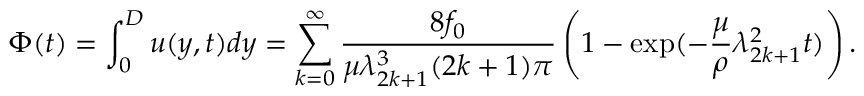
\Phi ( t ) = \int _ { 0 } ^ { D } u ( y , t ) d y = \sum _ { k = 0 } ^ { \infty } \frac { 8 f _ { 0 } } { \mu \lambda _ { 2 k + 1 } ^ { 3 } ( 2 k + 1 ) \pi } \left( 1 - \exp ( - \frac { \mu } { \rho } \lambda _ { 2 k + 1 } ^ { 2 } t ) \right) .